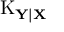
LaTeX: \operatorname { K } _ { \mathbf { Y | X } }